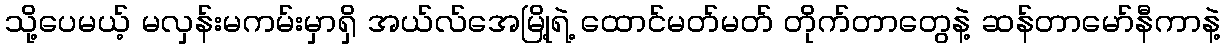
သို့ပေမယ့် မလှန်းမကမ်းမှာရှိ အယ်လ်အေမြို့ရဲ့ ထောင်မတ်မတ် တိုက်တာတွေနဲ့ ဆန်တာမော်နီကာနဲ့